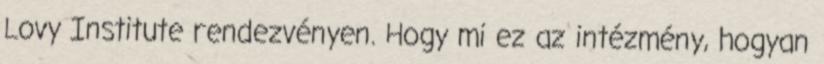
Lovy Institute rendezvényen. Hogy mi ez az intézmény, hogyan